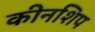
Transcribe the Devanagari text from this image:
कीनशिप